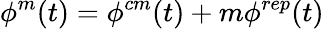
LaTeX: \phi^{m}(t)=\phi^{cm}(t)+m\phi^{rep}(t)